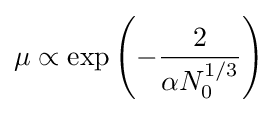
\mu \propto \exp \left(-{\frac {2}{\alpha N_{0}^{1/3}}}\right)